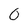
Character: 0